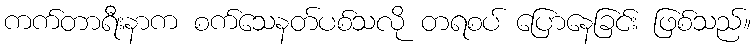
ကက်တာရီးနာက စက်သေနတ်ပစ်သလို တရစပ် ပြောနေခြင်း ဖြစ်သည်။